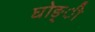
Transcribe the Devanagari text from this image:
घोङ्ी